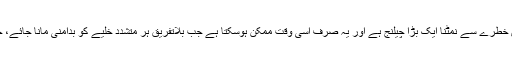
پاکستانی ریاست کے لیے اس خطرے سے نمٹنا ایک بڑا چیلنج ہے اور یہ صرف اسی وقت ممکن ہوسکتا ہے جب بلاتفریق ہر متشدد خلیے کو بدامنی مانا جائے، چاہے وہ جس نام سے بھی ہو۔